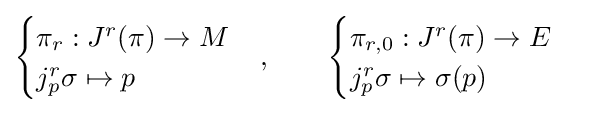
{\begin{cases}\pi _{r}:J^{r}(\pi )\to M\\j_{p}^{r}\sigma \mapsto p\end{cases}},\qquad {\begin{cases}\pi _{r,0}:J^{r}(\pi )\to E\\j_{p}^{r}\sigma \mapsto \sigma (p)\end{cases}}